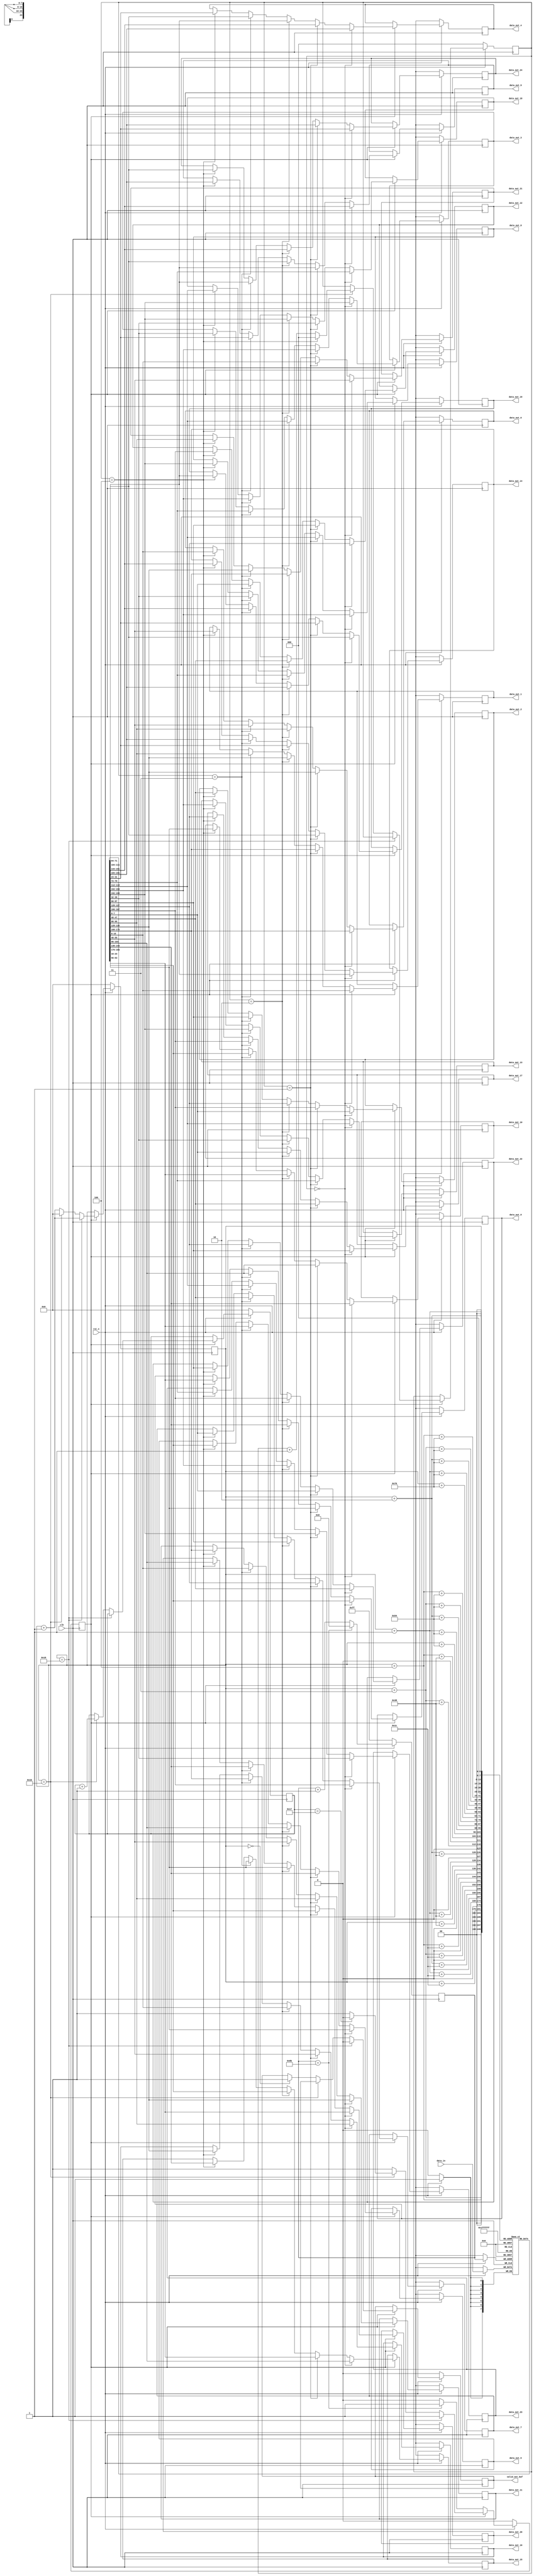
module conv1_buf #(parameter WIDTH = 28, HEIGHT = 28, DATA_BITS = 8)(
   input clk,
   input rst_n,
   input [DATA_BITS - 1:0] data_in,
   output reg [DATA_BITS - 1:0] data_out_0, data_out_1, data_out_2, data_out_3, data_out_4,
   data_out_5, data_out_6, data_out_7, data_out_8, data_out_9,
   data_out_10, data_out_11, data_out_12, data_out_13, data_out_14,
   data_out_15, data_out_16, data_out_17, data_out_18, data_out_19,
   data_out_20, data_out_21, data_out_22, data_out_23, data_out_24,
   output reg valid_out_buf
 );

 localparam FILTER_SIZE = 5;

 reg [DATA_BITS - 1:0] buffer [0:WIDTH * FILTER_SIZE - 1];
 reg [DATA_BITS - 1:0] buf_idx;
 reg [4:0] w_idx, h_idx;
 reg [2:0] buf_flag;  // 0 ~ 4
 reg state;

 always @(posedge clk) begin
   if(~rst_n) begin
     buf_idx <= -1;
     w_idx <= 0;
     h_idx <= 0;
     buf_flag <= 0;
     state <= 0;
     valid_out_buf <= 0;
     data_out_0 <= 12'bx;
     data_out_1 <= 12'bx;
     data_out_2 <= 12'bx;
     data_out_3 <= 12'bx;
     data_out_4 <= 12'bx;
     data_out_5 <= 12'bx;
     data_out_6 <= 12'bx;
     data_out_7 <= 12'bx;
     data_out_8 <= 12'bx;
     data_out_9 <= 12'bx;
     data_out_10 <= 12'bx;
     data_out_11 <= 12'bx;
     data_out_12 <= 12'bx;
     data_out_13 <= 12'bx;
     data_out_14 <= 12'bx;
     data_out_15 <= 12'bx;
     data_out_16 <= 12'bx;
     data_out_17 <= 12'bx;
     data_out_18 <= 12'bx;
     data_out_19 <= 12'bx;
     data_out_20 <= 12'bx;
     data_out_21 <= 12'bx;
     data_out_22 <= 12'bx;
     data_out_23 <= 12'bx;
     data_out_24 <= 12'bx;
   end 
   //285buffer140
   else begin
   buf_idx <= buf_idx + 1;
   if(buf_idx == WIDTH * FILTER_SIZE - 1) begin // buffer size = 140 = 28(w) * 5(h)
     buf_idx <= 0;
   end
   
   buffer[buf_idx] <= data_in;  // data input
   
   // Wait until first 140 input data filled in buffer
   if(!state) begin                               //state01
     if(buf_idx == WIDTH * FILTER_SIZE - 1) begin
       state <= 1'b1;                            //140state1
     end
   end 
   else begin // valid state
     w_idx <= w_idx + 1'b1; // move right

     if(w_idx == WIDTH - FILTER_SIZE + 1) begin
       valid_out_buf <= 1'b0; // unvalid area    //valid_out_buf0max1
     end 
	 else if(w_idx == WIDTH - 1) begin        
       buf_flag <= buf_flag + 1'b1;              //buf_flagbuffer28286
       if(buf_flag == FILTER_SIZE - 1) begin
         buf_flag <= 0;                          //2855140buf_flag
       end
       w_idx <= 0;                                //5528bufferw_idx0

       if(h_idx == HEIGHT - FILTER_SIZE) begin  // done 1 input read -> 28 * 28
         h_idx <= 0;                            //28280
         state <= 1'b0;							//state0
       end 
       
       h_idx <= h_idx + 1'b1;

     end 
	 else if(w_idx == 0) begin
       valid_out_buf <= 1'b1; // start valid area    //valid_out_buf1max
     end

     // Buffer Selection -> 5 * 5
     if(buf_flag == 3'd0) begin
       data_out_0 <= buffer[w_idx];
       data_out_1 <= buffer[w_idx + 1];
       data_out_2 <= buffer[w_idx + 2];
       data_out_3 <= buffer[w_idx + 3];
       data_out_4 <= buffer[w_idx + 4];

       data_out_5 <= buffer[w_idx + WIDTH];
       data_out_6 <= buffer[w_idx + 1 + WIDTH];
       data_out_7 <= buffer[w_idx + 2 + WIDTH];
       data_out_8 <= buffer[w_idx + 3 + WIDTH];
       data_out_9 <= buffer[w_idx + 4 + WIDTH];

       data_out_10 <= buffer[w_idx + WIDTH * 2];
       data_out_11 <= buffer[w_idx + 1 + WIDTH * 2];
       data_out_12 <= buffer[w_idx + 2 + WIDTH * 2];
       data_out_13 <= buffer[w_idx + 3 + WIDTH * 2];
       data_out_14 <= buffer[w_idx + 4 + WIDTH * 2];

       data_out_15 <= buffer[w_idx + WIDTH * 3];
       data_out_16 <= buffer[w_idx + 1 + WIDTH * 3];
       data_out_17 <= buffer[w_idx + 2 + WIDTH * 3];
       data_out_18 <= buffer[w_idx + 3 + WIDTH * 3];
       data_out_19 <= buffer[w_idx + 4 + WIDTH * 3];

       data_out_20 <= buffer[w_idx + WIDTH * 4];
       data_out_21 <= buffer[w_idx + 1 + WIDTH * 4];
       data_out_22 <= buffer[w_idx + 2 + WIDTH * 4];
       data_out_23 <= buffer[w_idx + 3 + WIDTH * 4];
       data_out_24 <= buffer[w_idx + 4 + WIDTH * 4];
     end else if(buf_flag == 3'd1) begin
       data_out_0 <= buffer[w_idx + WIDTH];
       data_out_1 <= buffer[w_idx + 1 + WIDTH];
       data_out_2 <= buffer[w_idx + 2 + WIDTH];
       data_out_3 <= buffer[w_idx + 3 + WIDTH];
       data_out_4 <= buffer[w_idx + 4 + WIDTH];

       data_out_5 <= buffer[w_idx + WIDTH * 2];
       data_out_6 <= buffer[w_idx + 1 + WIDTH * 2];
       data_out_7 <= buffer[w_idx + 2 + WIDTH * 2];
       data_out_8 <= buffer[w_idx + 3 + WIDTH * 2];
       data_out_9 <= buffer[w_idx + 4 + WIDTH * 2];

       data_out_10 <= buffer[w_idx + WIDTH * 3];
       data_out_11 <= buffer[w_idx + 1 + WIDTH * 3];
       data_out_12 <= buffer[w_idx + 2 + WIDTH * 3];
       data_out_13 <= buffer[w_idx + 3 + WIDTH * 3];
       data_out_14 <= buffer[w_idx + 4 + WIDTH * 3];

       data_out_15 <= buffer[w_idx + WIDTH * 4];
       data_out_16 <= buffer[w_idx + 1 + WIDTH * 4];
       data_out_17 <= buffer[w_idx + 2 + WIDTH * 4];
       data_out_18 <= buffer[w_idx + 3 + WIDTH * 4];
       data_out_19 <= buffer[w_idx + 4 + WIDTH * 4];

       data_out_20 <= buffer[w_idx];
       data_out_21 <= buffer[w_idx + 1];
       data_out_22 <= buffer[w_idx + 2];
       data_out_23 <= buffer[w_idx + 3];
       data_out_24 <= buffer[w_idx + 4];
     end else if(buf_flag == 3'd2) begin
       data_out_0 <= buffer[w_idx + WIDTH * 2];
       data_out_1 <= buffer[w_idx + 1 + WIDTH * 2];
       data_out_2 <= buffer[w_idx + 2 + WIDTH * 2];
       data_out_3 <= buffer[w_idx + 3 + WIDTH * 2];
       data_out_4 <= buffer[w_idx + 4 + WIDTH * 2];

       data_out_5 <= buffer[w_idx + WIDTH * 3];
       data_out_6 <= buffer[w_idx + 1 + WIDTH * 3];
       data_out_7 <= buffer[w_idx + 2 + WIDTH * 3];
       data_out_8 <= buffer[w_idx + 3 + WIDTH * 3];
       data_out_9 <= buffer[w_idx + 4 + WIDTH * 3];

       data_out_10 <= buffer[w_idx + WIDTH * 4];
       data_out_11 <= buffer[w_idx + 1 + WIDTH * 4];
       data_out_12 <= buffer[w_idx + 2 + WIDTH * 4];
       data_out_13 <= buffer[w_idx + 3 + WIDTH * 4];
       data_out_14 <= buffer[w_idx + 4 + WIDTH * 4];

       data_out_15 <= buffer[w_idx];
       data_out_16 <= buffer[w_idx + 1];
       data_out_17 <= buffer[w_idx + 2];
       data_out_18 <= buffer[w_idx + 3];
       data_out_19 <= buffer[w_idx + 4];

       data_out_20 <= buffer[w_idx + WIDTH];
       data_out_21 <= buffer[w_idx + 1 + WIDTH];
       data_out_22 <= buffer[w_idx + 2 + WIDTH];
       data_out_23 <= buffer[w_idx + 3 + WIDTH];
       data_out_24 <= buffer[w_idx + 4 + WIDTH];
     end else if(buf_flag == 3'd3) begin
       data_out_0 <= buffer[w_idx + WIDTH * 3];
       data_out_1 <= buffer[w_idx + 1 + WIDTH * 3];
       data_out_2 <= buffer[w_idx + 2 + WIDTH * 3];
       data_out_3 <= buffer[w_idx + 3 + WIDTH * 3];
       data_out_4 <= buffer[w_idx + 4 + WIDTH * 3];

       data_out_5 <= buffer[w_idx + WIDTH * 4];
       data_out_6 <= buffer[w_idx + 1 + WIDTH * 4];
       data_out_7 <= buffer[w_idx + 2 + WIDTH * 4];
       data_out_8 <= buffer[w_idx + 3 + WIDTH * 4];
       data_out_9 <= buffer[w_idx + 4 + WIDTH * 4];

       data_out_10 <= buffer[w_idx];
       data_out_11 <= buffer[w_idx + 1];
       data_out_12 <= buffer[w_idx + 2];
       data_out_13 <= buffer[w_idx + 3];
       data_out_14 <= buffer[w_idx + 4];

       data_out_15 <= buffer[w_idx + WIDTH];
       data_out_16 <= buffer[w_idx + 1 + WIDTH];
       data_out_17 <= buffer[w_idx + 2 + WIDTH];
       data_out_18 <= buffer[w_idx + 3 + WIDTH];
       data_out_19 <= buffer[w_idx + 4 + WIDTH];

       data_out_20 <= buffer[w_idx + WIDTH * 2];
       data_out_21 <= buffer[w_idx + 1 + WIDTH * 2];
       data_out_22 <= buffer[w_idx + 2 + WIDTH * 2];
       data_out_23 <= buffer[w_idx + 3 + WIDTH * 2];
       data_out_24 <= buffer[w_idx + 4 + WIDTH * 2];      
     end else if(buf_flag == 3'd4) begin
       data_out_0 <= buffer[w_idx + WIDTH * 4];
       data_out_1 <= buffer[w_idx + 1 + WIDTH * 4];
       data_out_2 <= buffer[w_idx + 2 + WIDTH * 4];
       data_out_3 <= buffer[w_idx + 3 + WIDTH * 4];
       data_out_4 <= buffer[w_idx + 4 + WIDTH * 4];

       data_out_5 <= buffer[w_idx];
       data_out_6 <= buffer[w_idx + 1];
       data_out_7 <= buffer[w_idx + 2];
       data_out_8 <= buffer[w_idx + 3];
       data_out_9 <= buffer[w_idx + 4];

       data_out_10 <= buffer[w_idx + WIDTH];
       data_out_11 <= buffer[w_idx + 1 + WIDTH];
       data_out_12 <= buffer[w_idx + 2 + WIDTH];
       data_out_13 <= buffer[w_idx + 3 + WIDTH];
       data_out_14 <= buffer[w_idx + 4 + WIDTH];

       data_out_15 <= buffer[w_idx + WIDTH * 2];
       data_out_16 <= buffer[w_idx + 1 + WIDTH * 2];
       data_out_17 <= buffer[w_idx + 2 + WIDTH * 2];
       data_out_18 <= buffer[w_idx + 3 + WIDTH * 2];
       data_out_19 <= buffer[w_idx + 4 + WIDTH * 2];

       data_out_20 <= buffer[w_idx + WIDTH * 3];
       data_out_21 <= buffer[w_idx + 1 + WIDTH * 3];
       data_out_22 <= buffer[w_idx + 2 + WIDTH * 3];
       data_out_23 <= buffer[w_idx + 3 + WIDTH * 3];
       data_out_24 <= buffer[w_idx + 4 + WIDTH * 3];   
     end
   end
   end
 end
endmodule